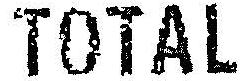
TOTAL